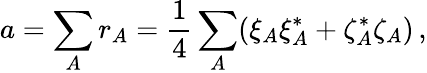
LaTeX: a=\sum_{A}r_{A}={\frac{1}{4}}\sum_{A}(\xi_{A}\xi_{A}^{*}+\zeta_{A}^{*}\zeta_{A})\, ,